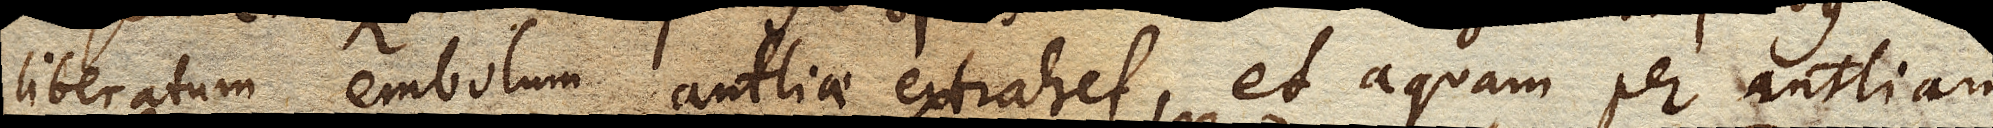
liberatum embolum antliae extrahet, et aquam per antliam